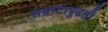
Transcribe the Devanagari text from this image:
सम्राटापुढती